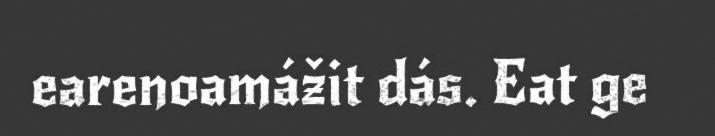
earenoamážit dás. Eat ge